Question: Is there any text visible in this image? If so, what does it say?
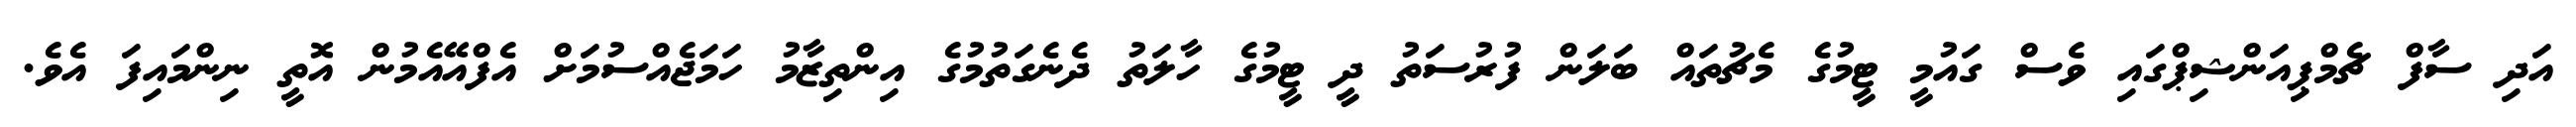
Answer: އަދި ސާފް ޗެމްޕިއަންޝިޕްގައި ވެސް ގައުމީ ޓީމުގެ މެޗުތައް ބަލަން ފުރުސަތު ދީ ޓީމުގެ ހާލަތު ދެނެގަތުމުގެ އިންތިޒާމު ހަމަޖެއްސުމަށް އެފްއޭއެމުން އޮތީ ނިންމައިފަ އެވެ.